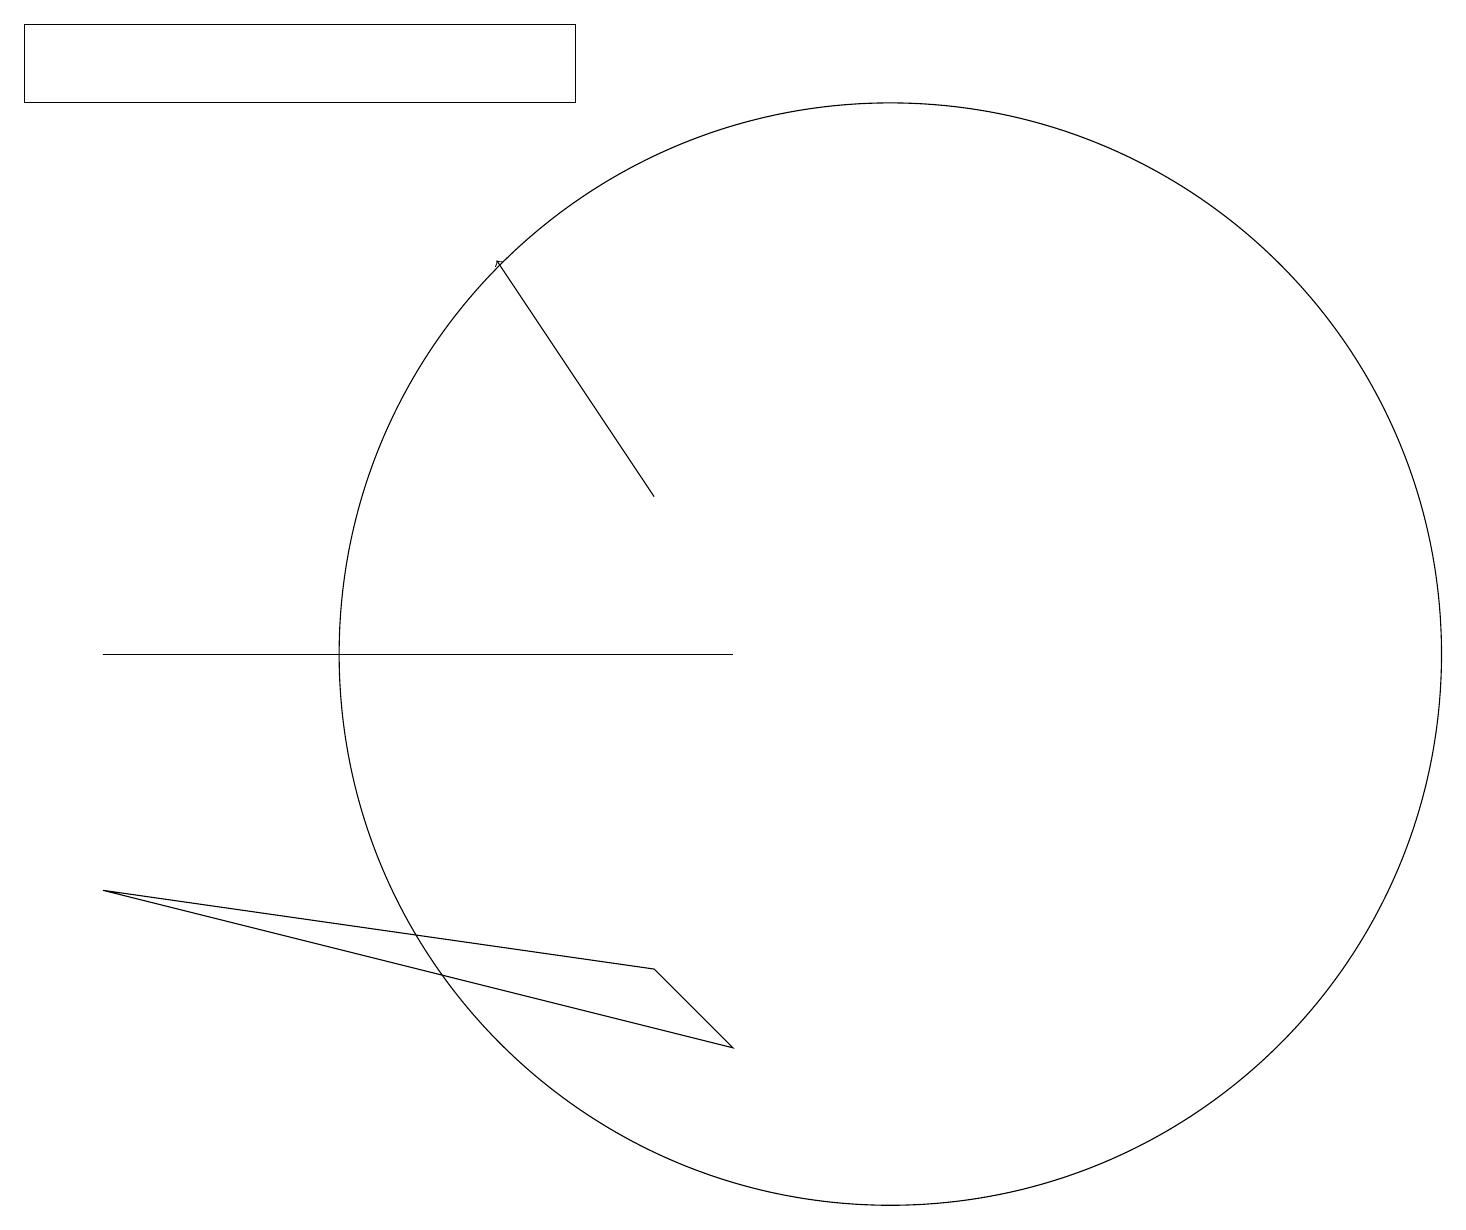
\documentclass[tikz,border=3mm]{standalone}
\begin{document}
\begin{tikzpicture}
\draw (1,11) rectangle (9,11);
\draw[->] (8,13) -- (6,16);
\draw (7,18) rectangle (0,19);
\draw (1,8) -- (8,7) -- (9,6) -- cycle;
\draw (11,11) circle (7);
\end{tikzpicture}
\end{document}